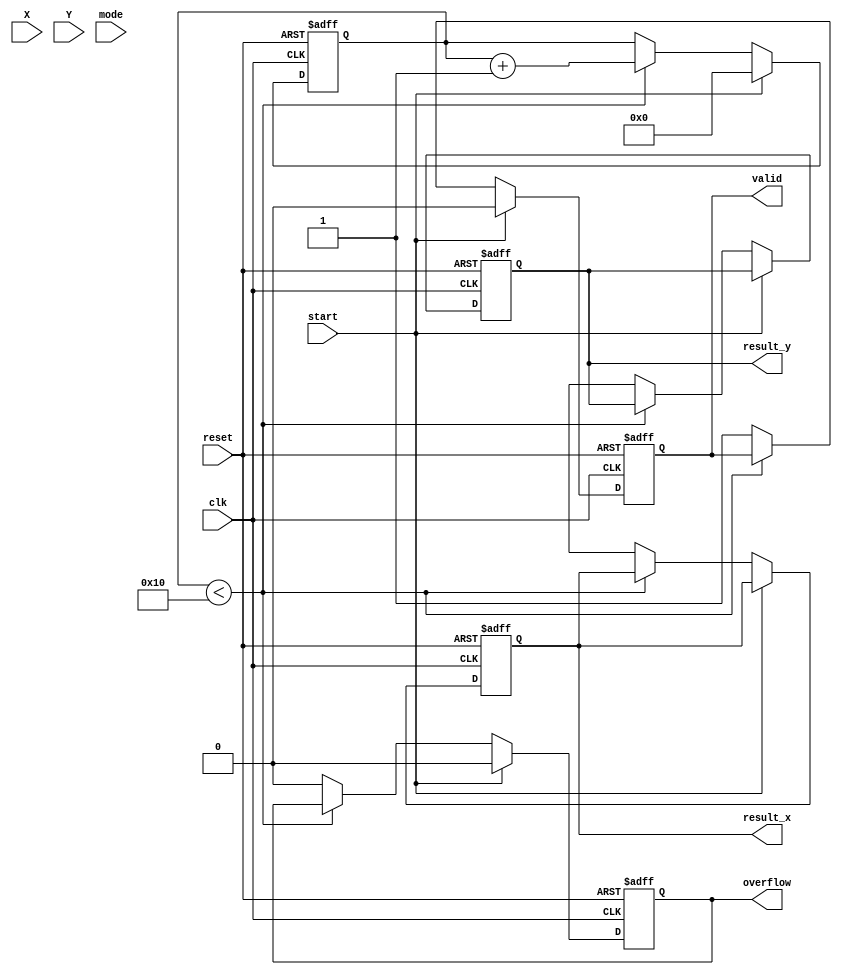
module cordic_floating_point (
    input wire clk,
    input wire reset,
    input wire start,
    input wire [31:0] X, // Input X (IEEE 754 single precision)
    input wire [31:0] Y, // Input Y (for rotation) or Z (for vectoring)
    input wire mode,      // 0 for rotation, 1 for vectoring
    output reg [31:0] result_x, // Output X (cosine or magnitude)
    output reg [31:0] result_y, // Output Y (sine or angle)
    output reg valid,     // Output valid flag
    output reg overflow   // Overflow flag
);

    // Constants
    parameter NUM_ITERATIONS = 16; // Number of CORDIC iterations
    reg [31:0] angle_lut [0:NUM_ITERATIONS-1]; // Angle lookup table
    reg [31:0] K; // Scaling factor
    reg [31:0] x[0:NUM_ITERATIONS-1]; // X values for each iteration
    reg [31:0] y[0:NUM_ITERATIONS-1]; // Y values for each iteration
    reg [31:0] z[0:NUM_ITERATIONS-1]; // Z values for each iteration
    reg [4:0] i; // Iteration counter

    // Initialize angle LUT and scaling factor
    initial begin
        // Populate angle_lut with pre-calculated arctangent values
        angle_lut[0] = 32'h00000000; // atan(2^0)
        angle_lut[1] = 32'h3F490FDB; // atan(2^-1)
        angle_lut[2] = 32'h3F22F983; // atan(2^-2)
        // ... (fill in remaining values)
        angle_lut[NUM_ITERATIONS-1] = 32'h3F000000; // atan(2^-15)
        
        K = 32'h3F1A36B1; // Pre-computed scaling factor (K = 0.607252935)
    end

    always @(posedge clk or posedge reset) begin
        if (reset) begin
            valid <= 0;
            overflow <= 0;
            i <= 0;
            result_x <= 0;
            result_y <= 0;
        end else if (start) begin
            // Initialize CORDIC variables
            x[0] <= X;
            y[0] <= (mode ? 0 : Y); // For vectoring, Y is ignored
            z[0] <= (mode ? Y : 0); // For rotation, Z is ignored
            i <= 0;
            valid <= 0;
            overflow <= 0;
        end else if (i < NUM_ITERATIONS) begin
            // CORDIC iteration
            if (mode == 0) begin // Rotation mode
                if (z[i] < 0) begin
                    x[i+1] <= x[i] + (y[i] >> i);
                    y[i+1] <= y[i] - (x[i] >> i);
                    z[i+1] <= z[i] + angle_lut[i];
                end else begin
                    x[i+1] <= x[i] - (y[i] >> i);
                    y[i+1] <= y[i] + (x[i] >> i);
                    z[i+1] <= z[i] - angle_lut[i];
                end
            end else begin // Vectoring mode
                if (z[i] < 0) begin
                    x[i+1] <= x[i] + (y[i] >> i);
                    y[i+1] <= y[i] - (x[i] >> i);
                    z[i+1] <= z[i] + angle_lut[i];
                end else begin
                    x[i+1] <= x[i] - (y[i] >> i);
                    y[i+1] <= y[i] + (x[i] >> i);
                    z[i+1] <= z[i] - angle_lut[i];
                end
            end
            i <= i + 1;
        end else begin
            // Final output after iterations
            result_x <= x[NUM_ITERATIONS];
            result_y <= (mode ? z[NUM_ITERATIONS] : y[NUM_ITERATIONS]);
            valid <= 1;
            overflow <= 0; // Handle overflow if necessary
        end
    end

endmodule